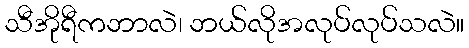
သီအိုရီကဘာလဲ၊ ဘယ်လိုအလုပ်လုပ်သလဲ။